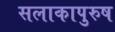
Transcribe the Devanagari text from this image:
सलाकापुरुष